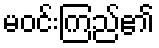
မဝင်းကြည်၏